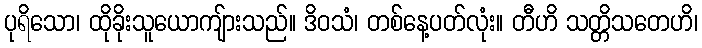
ပုရိသော၊ ထိုခိုးသူယောကျ်ားသည်။ ဒိဝသံ၊ တစ်နေ့ပတ်လုံး။ တီဟိ သတ္တိသတေဟိ၊